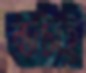
ব্যাটাই